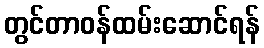
တွင်တာဝန်ထမ်းဆောင်ရန်